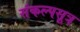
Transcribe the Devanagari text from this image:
संकल्पसूत्र